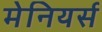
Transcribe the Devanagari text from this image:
मेनियर्स